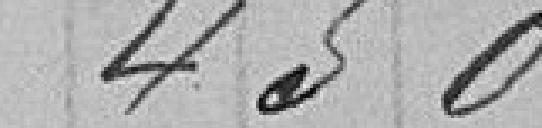
450